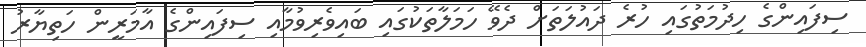
ސިފައިންގެ ހިދުމަތުގައި ހުރެ ދައުލަތަށް ދެވޭ ހަމަލާތަކުގައި ބައިވެރިވުމާއި ސިފައިންގެ އާމަރީން ހަތިޔާރު